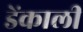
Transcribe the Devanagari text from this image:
डेंकाली